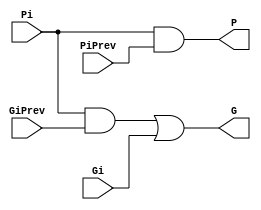
`timescale 1ns / 1ps
//////////////////////////////////////////////////////////////////////////////////
// Company: 
// Engineer: 
// 
// Design Name: 
// Module Name: ksa8
// Project Name: 
// Target Devices: 
// Tool Versions: 
// Description: 
// 
// Dependencies: 
// 
// Revision:
// Revision 0.01 - File Created
// Additional Comments:
// 
//////////////////////////////////////////////////////////////////////////////////

module BigCircle(output G, P, input Gi, Pi, GiPrev, PiPrev);
  
  wire e;
  and  (e, Pi, GiPrev);
  or  (G, e, Gi);
  and  (P, Pi, PiPrev);
  
endmodule

module SmallCircle(output Ci, input Gi);
  
  buf  (Ci, Gi);
  
endmodule

module Square(output G, P, input Ai, Bi);
  
  and  (G, Ai, Bi);
  xor  (P, Ai, Bi);
  
endmodule

module Triangle(output Si, input Pi, CiPrev);
  
  xor  (Si, Pi, CiPrev);
  
endmodule
module ksa8(output [7:0] sum, output cout, input [7:0] a, b);
  
  wire cin = 1'b0;
  wire [7:0] c;
  wire [7:0] g, p;
  Square sq[7:0](g, p, a, b);

  // first line of circles
  wire [7:1] g2, p2;
  SmallCircle sc0_0(c[0], g[0]);
  BigCircle bc0[7:1](g2[7:1], p2[7:1], g[7:1], p[7:1], g[6:0], p[6:0]);
  
  // second line of circle
  wire [7:3] g3, p3;
  SmallCircle sc1[2:1](c[2:1], g2[2:1]);
  BigCircle bc1[7:3](g3[7:3], p3[7:3], g2[7:3], p2[7:3], g2[5:1], p2[5:1]);
    
  // third line of circle
  wire [7:7] g4, p4;
  SmallCircle sc2[6:3](c[6:3], g3[6:3]);
  BigCircle bc2_7(g4[7], p4[7], g3[7], p3[7], g3[3], p3[3]);

  // fourth line of circle
  SmallCircle sc3_7(c[7], g4[7]);

  // last line - triangles
  Triangle tr0(sum[0], p[0], cin);
  Triangle tr[7:1](sum[7:1], p[7:1], c[6:0]);
  
  // generate cout
  buf  (cout, c[7]);
  
endmodule